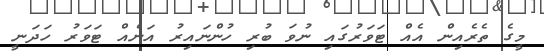
މީގެ ތެރެއިން އެއް ޓަވަރުގައި ނުވަ ބުރި ހުންނައިރު އަނެއް ޓަވަރު ހަދަނީ